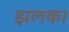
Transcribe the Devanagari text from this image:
झलका